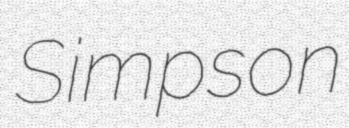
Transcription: Simpson